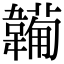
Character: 𩏕